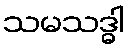
သမသဒ္ဓါ